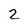
Character: 2